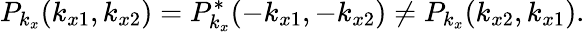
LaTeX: P_{k_{x}}(k_{x1},k_{x2})=P_{k_{x}}^{*}(-k_{x1},-k_{x2})\neq P_{k_{x}}(k_{x2},k_{x1}).